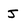
Character: J